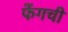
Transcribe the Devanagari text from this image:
फेंगची